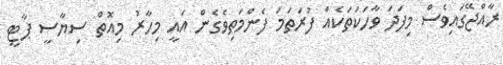
ރާއްޖޭގައިވެސް މިފަދަ ވާހަކަތަކެއް ފުރަތަމަ ފެންމަތިވެގެން އައީ މިހާރު މިއޮތް ސިޔާސީ ޕާޓީ